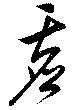
虚